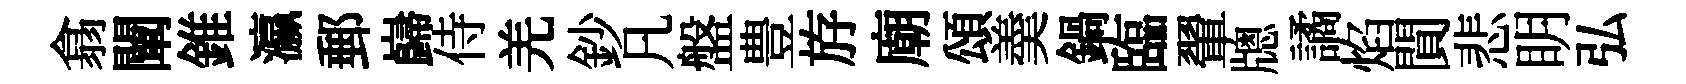
翕闡錐瀛郵巋侍羌鈔凡盤豊斿廟頌羮鍋臨翬牕譎焰閴悲眀弘